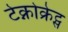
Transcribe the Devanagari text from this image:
टेक्नोक्रेट्स